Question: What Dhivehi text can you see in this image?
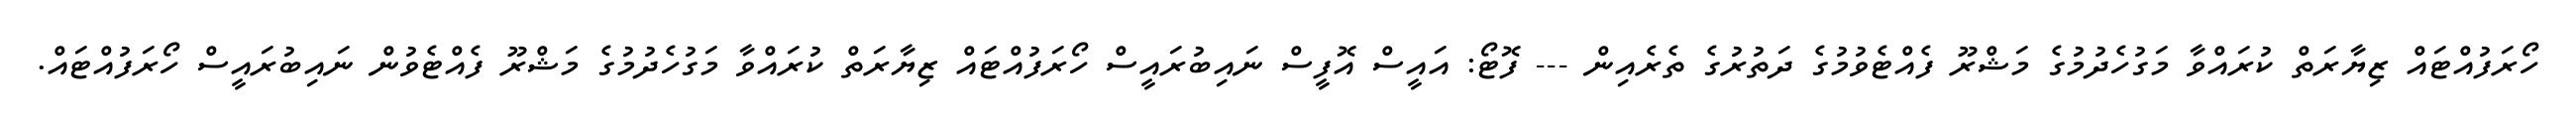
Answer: ހޯރަފުއްޓައް ޒިޔާރަތް ކުރައްވާ މަގުހެދުމުގެ މަޝްރޫ ފެއްޓެވުމުގެ ދަތުރުގެ ތެރެއިން --- ފޮޓޯ: އައީސް އޮފީސް ނައިބުރައީސް ހޯރަފުއްޓައް ޒިޔާރަތް ކުރައްވާ މަގުހެދުމުގެ މަޝްރޫ ފެއްޓެވުން ނައިބުރައީސް ހޯރަފުއްޓައް.